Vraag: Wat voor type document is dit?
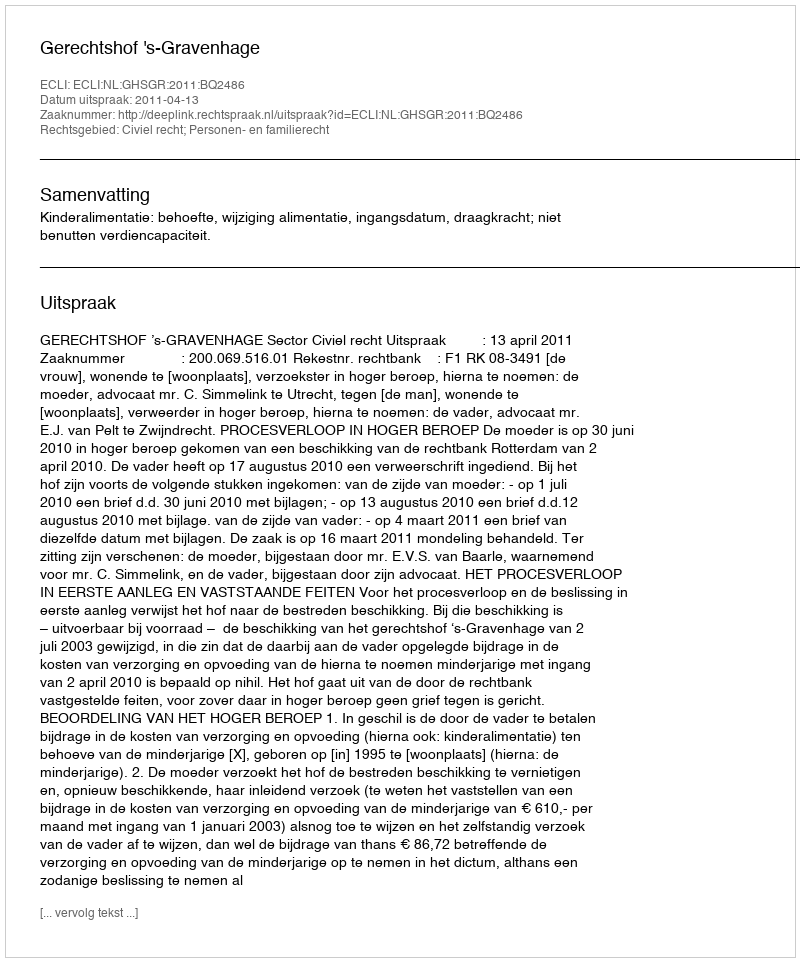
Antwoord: Uitspraak